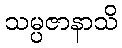
သမ္ပဇာနာသိ